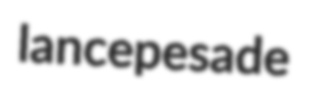
lancepesade